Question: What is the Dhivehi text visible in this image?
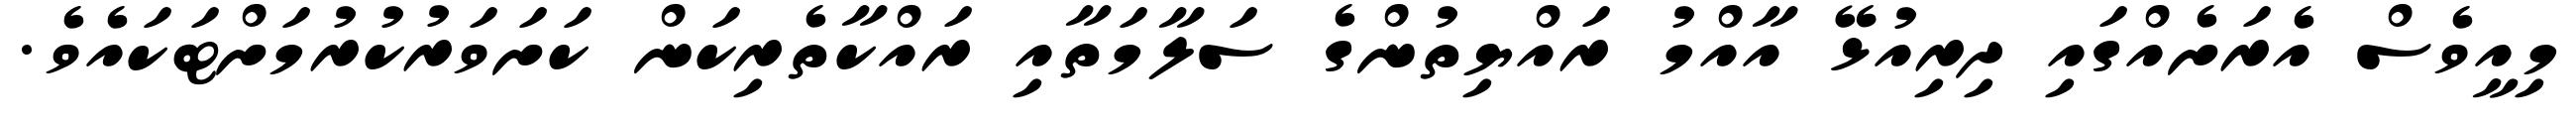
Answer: މިއީވެސް އެރަށެއްގައި ދިރިއުޅޭ އާއްމު ރައްޔިތުންގެ ސަލާމަތާއި ރައްކާތެރިކަން ކަށަވަރުކުރުމަށްޓަކައެވެ.